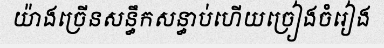
យ៉ាងច្រើនសន្ធឹកសន្ធាប់ហើយច្រៀងចំរៀង